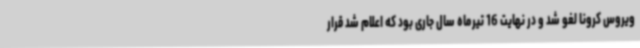
ویروس کرونا لغو شد و در نهایت 16 تیرماه سال جاری بود که اعلام شد قرار